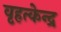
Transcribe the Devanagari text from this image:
वृहत्केन्द्र